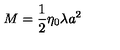
M = \frac 1 2 \eta _ { 0 } \lambda a ^ { 2 }